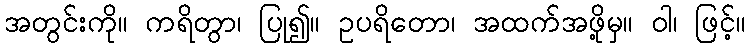
အတွင်းကို။ ကရိတွာ၊ ပြု၍။ ဥပရိတော၊ အထက်အဖို့မှ။ ဝါ၊ ဖြင့်။